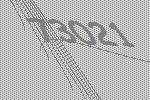
73021